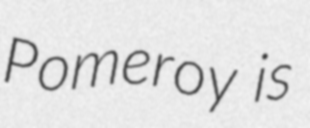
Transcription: Pomeroy is